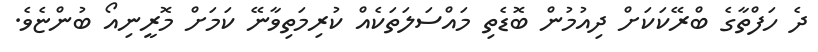
ދެ ހަފްތާގެ ބްރޭކަކަށް ދިއުމުން ބޮޑެތި މައްސަލަތަކެއް ކުރިމަތިވާނޭ ކަމަށް މޮރީނިއޯ ބުންޏެވެ.